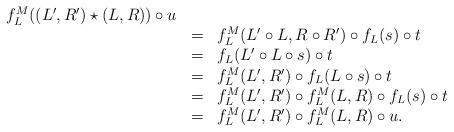
LaTeX: \begin{align*} \begin{array}{lll} f_L^M((L',R')\star (L,R))\circ u\\ &=&f_L^M(L'\circ L,R\circ R')\circ f_L(s)\circ t\\ &=&f_L(L'\circ L\circ s)\circ t\\ &=&f_L^M(L',R')\circ f_L(L\circ s)\circ t\\ &=&f_L^M(L',R')\circ f_L^M(L,R)\circ f_L(s)\circ t\\ &=&f_L^M(L',R')\circ f_L^M(L,R)\circ u. \end{array} \end{align*}